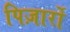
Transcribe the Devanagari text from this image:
पिज़ार्रो